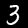
Label: 3